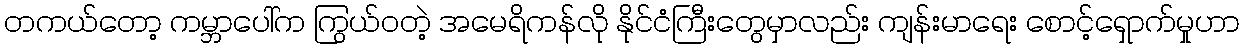
တကယ်တော့ ကမ္ဘာပေါ်က ကြွယ်ဝတဲ့ အမေရိကန်လို နိုင်ငံကြီးတွေမှာလည်း ကျန်းမာရေး စောင့်ရှောက်မှုဟာ